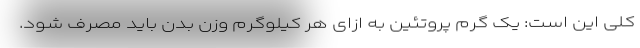
کلی این است: یک گرم پروتئین به ازای هر کیلوگرم وزن بدن باید مصرف شود.